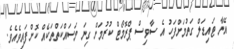
އޭނާ ޓައިޑަލް ގަތުމަށްފަހު އެ ސާވިސް ޕްރޮމޯޓް ކުރުމަށް ގިނަ މަސައްކަތްތަކެއް ކޮށްފައިވެއެވެ.